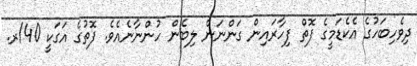
ދިވެހިބަހުގެ އެކެޑަމީގެ ފޮތް ފިހާރައިން ގަންނަން ލިބެން ހުންނާނެއެވެ. ފޮތުގެ އަގަކީ 40/ރ.